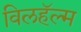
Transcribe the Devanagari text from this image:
विलहॅल्म